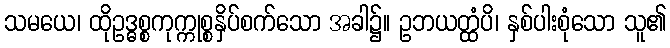
သမယေ၊ ထိုဥဒ္ဓစ္စကုက္ကုစ္စနှိပ်စက်သော အခါ၌။ ဥဘယတ္ထံပိ၊ နှစ်ပါးစုံသော သူ၏